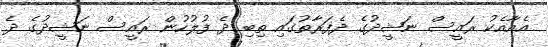
އެއާއެކު ރައީސް ނަޝީދުގެ ދެފަރާތުގައި ތިބި ދެ ފުލުހުން ރައީސް ނަޝީދުގެ ދެ